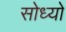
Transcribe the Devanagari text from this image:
सोध्यो